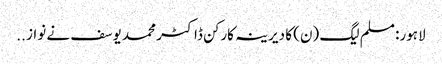
لاہور: مسلم لیگ (ن) کا دیرینہ کارکن ڈاکٹر محمد یوسف نے نواز ..